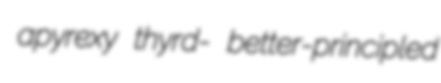
apyrexy thyrd- better-principled